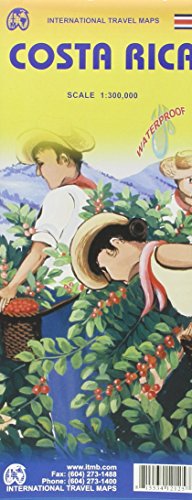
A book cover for Costa Rica Travel Reference Map 1:300,000 (International Travel Maps); ITMB Canada; Travel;